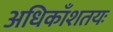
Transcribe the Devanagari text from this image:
अधिकाँशतयः